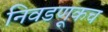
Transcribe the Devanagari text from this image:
निवडणूकच